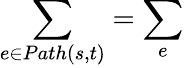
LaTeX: \sum_{e\in Path(s,t)}=\sum_{e}